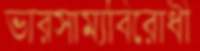
ভারসাম্যবিরোধী